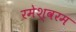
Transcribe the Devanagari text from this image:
रमेश्वरम